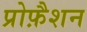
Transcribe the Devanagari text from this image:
प्रोफ़ैशन